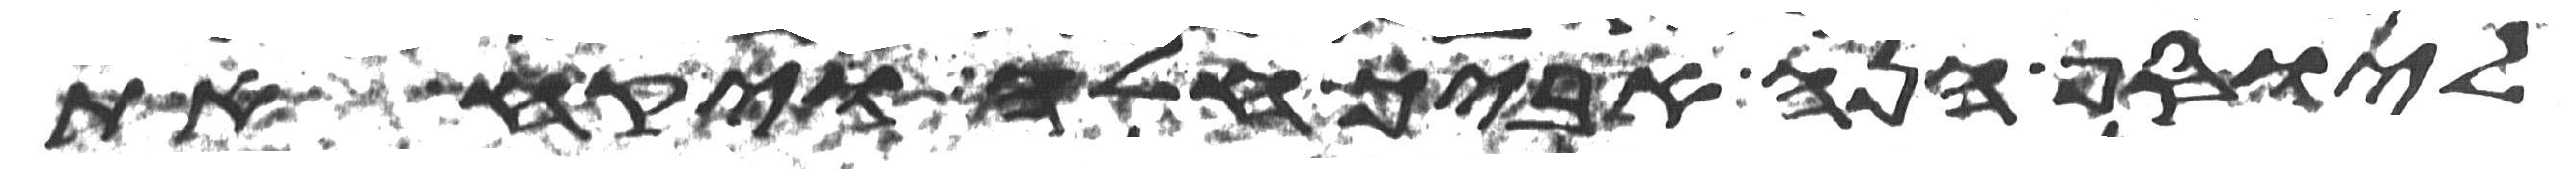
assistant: ליוסף הנה אביך חלה ויקח את